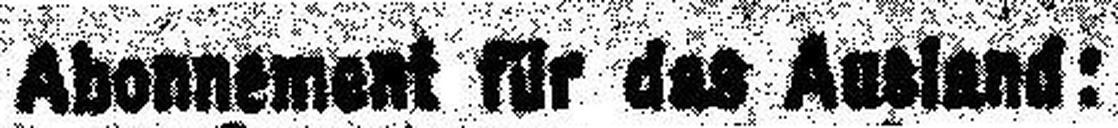
Abonnement für das Ausland: